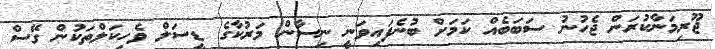
ޖޫރިމަނާކުރަން ޖެހުނު ސަބަބެއް ކަމަށް ބުނެފައިވަނީ ނިސާން މަރުކާގެ ޑީސަލް ވެހިކަލްތަކުން ގޭސް